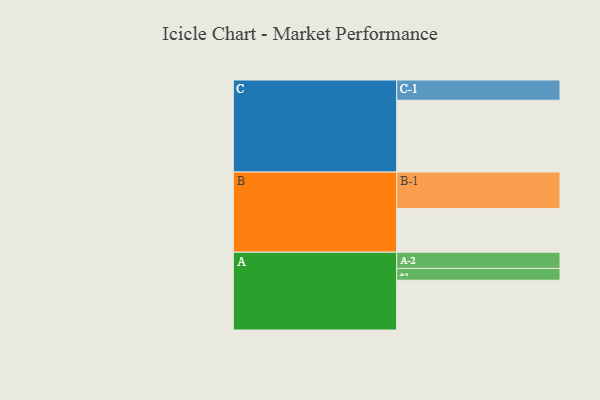
{"axis": {"x": "Segment", "y": "Value"}, "legend": ["", "A", "B", "C"], "data": [{"x": "A", "y": 401, "type": ""}, {"x": "B", "y": 353, "type": ""}, {"x": "C", "y": 579, "type": ""}, {"x": "A-1", "y": 95, "type": "A"}, {"x": "A-2", "y": 131, "type": "A"}, {"x": "B-1", "y": 293, "type": "B"}, {"x": "C-1", "y": 163, "type": "C"}]}